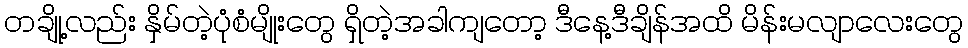
တချို့လည်း နှိမ်တဲ့ပုံစံမျိုးတွေ ရှိတဲ့အခါကျတော့ ဒီနေ့ဒီချိန်အထိ မိန်းမလျာလေးတွေ